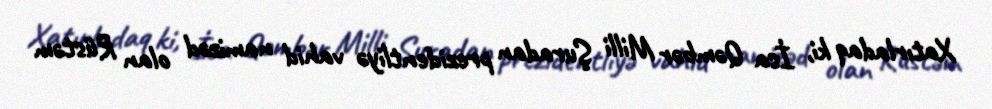
Xatırladaq ki, İsa Qəmbər Milli Şuradan prezidentliyə vahid namizəd olan Rüstəm